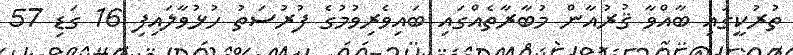
ތުރުކީގައި ބާއްވާ ޤުރުއާން މުބާރާތެއްގައި ބައިވެރިވުމުގެ ފުރުސަތު ހުޅުވާލައިފި 16 ގަޑި 57